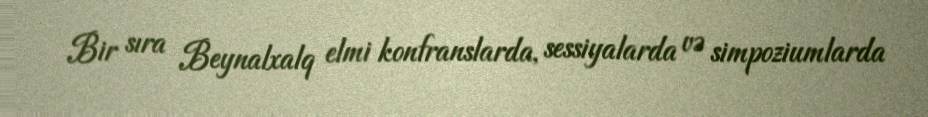
Bir sıra Beynalxalq elmi konfranslarda, sessiyalarda və simpoziumlarda